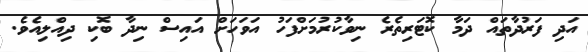
އަދި ފަރުދާތައް ދަމާ ކޮޓަރިތެރެ ނިވާކުރުމަށްފަހު އަވަހަށް އައިސް ނިދާ ބޮކި ދިއްލިއެވެ.